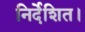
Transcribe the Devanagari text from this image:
निर्देशित।